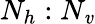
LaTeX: N_{h}:N_{\mathit{v}}